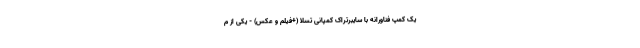
یک کمپ فناورانه با سایبرتراک کمپانی تسلا (+فیلم و عکس) - یکی از م